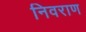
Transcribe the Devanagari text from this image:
निवराण